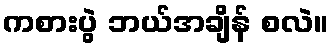
ကစားပွဲ ဘယ်အချိန် စလဲ။